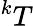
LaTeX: {^kT}